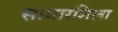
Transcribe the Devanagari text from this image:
साधारशिला